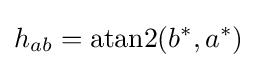
h_{ab}=\mathrm {atan2} (b^{*},a^{*})